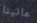
عانينا